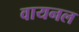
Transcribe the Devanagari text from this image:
वायनल